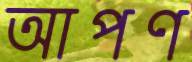
আপণ